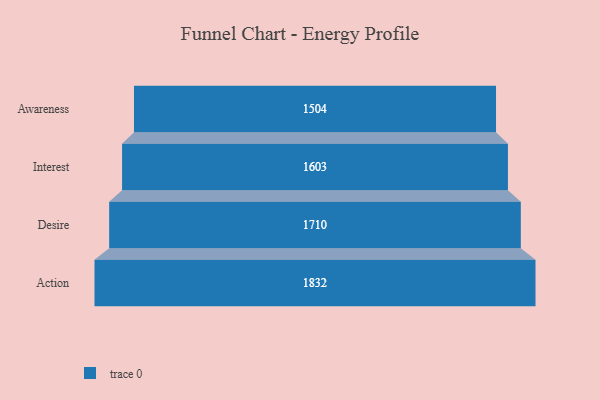
{"axis": {"x": "Stage", "y": "Value"}, "legend": [""], "data": [{"x": "Awareness", "y": 1504.0, "type": ""}, {"x": "Interest", "y": 1603.0, "type": ""}, {"x": "Desire", "y": 1710.0, "type": ""}, {"x": "Action", "y": 1832.0, "type": ""}]}